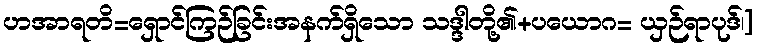
ဟအာရတိ=ရှောင်ကြဉ်ခြင်းအနက်ရှိသော သဒ္ဒါတို့၏+ပယောဂ= ယှဉ်ရာပုဒ်၊]